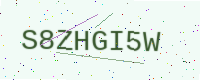
Text: S8ZHGI5W